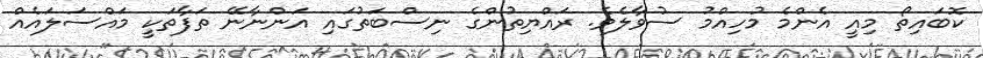
ކޮބައިތޯ މިއީ އެންމެ މުހިއްމު ސުވާލެވެ. ރައްޔިތުންގެ ނިސްބަތުގައި އަންނާނޭ ތަފާތަކީ މައްސަލައެއް